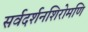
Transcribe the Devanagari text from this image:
सर्वदर्शनशिरोमणि